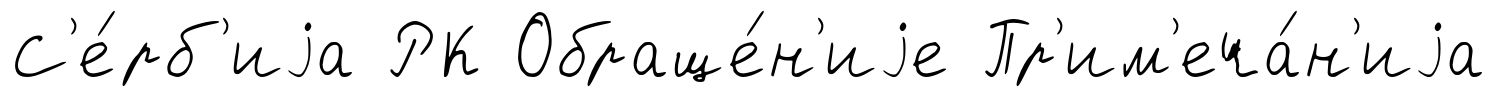
С'е́рб'иjа РК Обраще́н'иjе Пр'им'еча́н'иjа